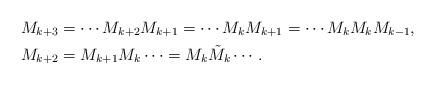
LaTeX: \begin{align*} M_{k+3} &= \cdots M_{k+2} M_{k+1} = \cdots M_k M_{k+1} = \cdots M_k M_k M_{k-1}, \\ M_{k+2} &= M_{k+1} M_k \cdots = M_k \tilde M_k \cdots . \end{align*}